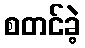
စတင်ခဲ့